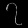
Digit: ၇